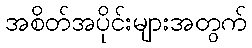
အစိတ်အပိုင်းများအတွက်